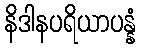
နိဒါနပရိယာပန္နံ